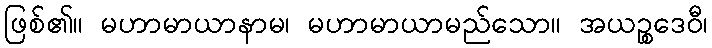
ဖြစ်၏။ မဟာမာယာနာမ၊ မဟာမာယာမည်သော။ အယဉ္စဒေဝီ၊